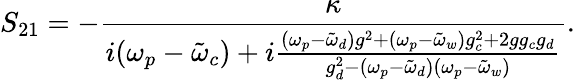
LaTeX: S_{21}=-\frac{\kappa}{i(\omega_{p}-\tilde{\omega}_{c})+i\frac{(\omega_{p}-\tilde{\omega}_{d})g^{2}+(\omega_{p}-\tilde{\omega}_{w})g_{c}^{2}+2gg_{c}g_{d}}{g_{d}^{2}-(\omega_{p}-\tilde{\omega}_{d})(\omega_{p}-\tilde{\omega}_{w})}}.